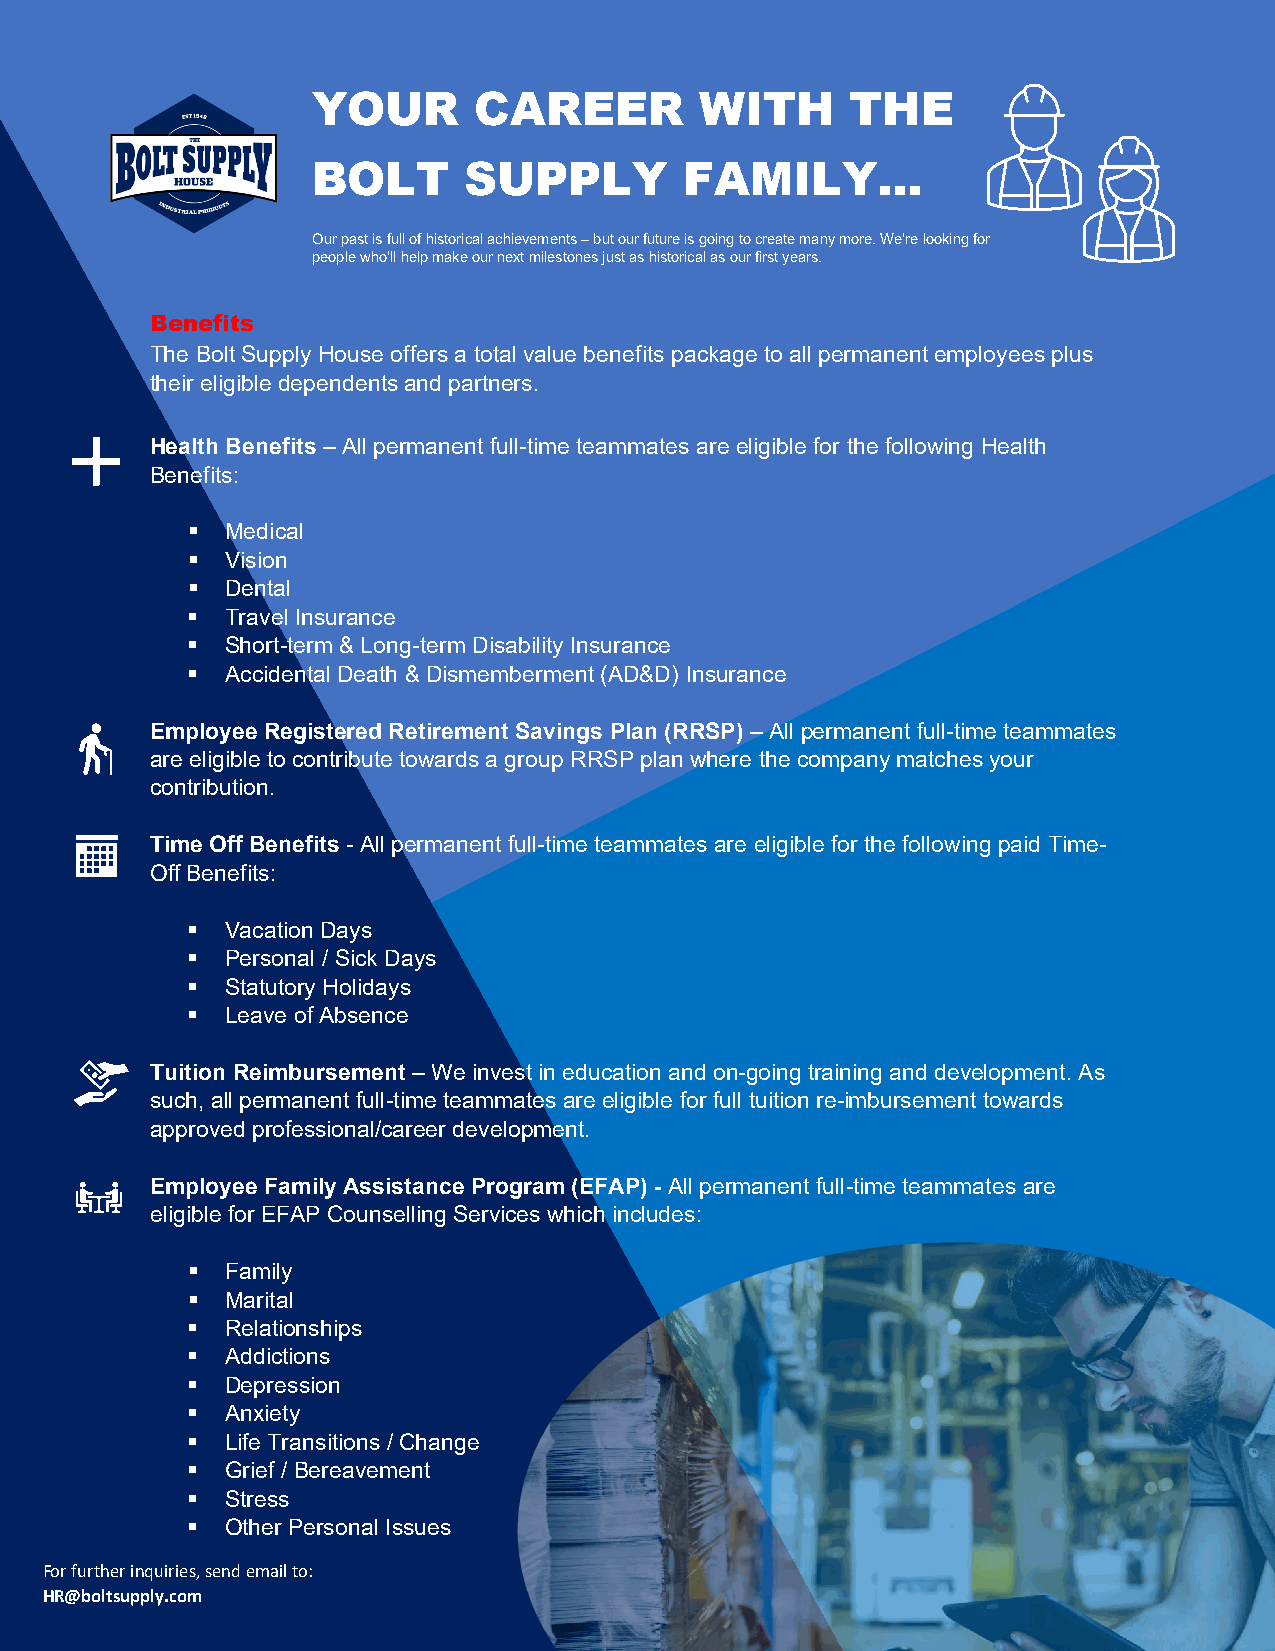
YOUR      CAREER         WITH      THE
 BOLT      SUPPLY        FAMILY…
 Our past is full of historical achievements – but our future is going to create many more. We’re looking for
 people who’ll help make our next milestones just as historical as our first years.
 Benefits
 The Bolt Supply House offers a total value benefits package to all permanent employees plus
 their eligible dependents and partners.
 Health Benefits – All permanent full-time teammates are eligible for the following Health
 Benefits:
   Medical
   Vision
   Dental
   Travel Insurance
   Short-term & Long-term Disability Insurance
   Accidental Death & Dismemberment (AD&D) Insurance
 Employee Registered Retirement Savings Plan (RRSP) – All permanent full-time teammates
 are eligible to contribute towards a group RRSP plan where the company matches your
 contribution.
 Time Off Benefits - All permanent full-time teammates are eligible for the following paid Time-
 Off Benefits:
   Vacation Days
   Personal / Sick Days
   Statutory Holidays
   Leave of Absence
 Tuition Reimbursement – We invest in education and on-going training and development. As
 such, all permanent full-time teammates are eligible for full tuition re-imbursement towards
 approved professional/career development.
 Employee Family Assistance Program (EFAP) - All permanent full-time teammates are
 eligible for EFAP Counselling Services which includes:
   Family
   Marital
   Relationships
   Addictions
   Depression
   Anxiety
   Life Transitions / Change
   Grief / Bereavement
   Stress
   Other Personal Issues
 For further inquiries, send email to:
 HR@boltsupply.com